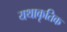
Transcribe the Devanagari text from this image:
यथाकृतिक